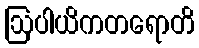
ဩပါယိကတရောတိ